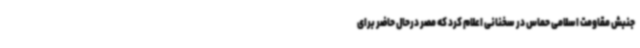
جنبش مقاومت اسلامی حماس در سخنانی اعلام کرد که مصر درحال حاضر برای